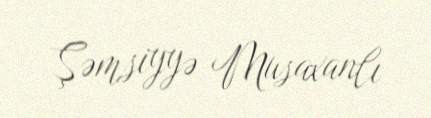
Şəmsiyyə Musaxanlı